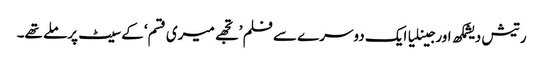
رتیش دیشمکھ اورجینلیا ایک دوسرے سے فلم ’تجھے میری قسم‘ کے سیٹ پرملے تھے۔